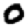
Digit: 0